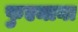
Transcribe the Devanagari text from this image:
फुएमाना